Medical and sanitary report of the native army of Madras for the year
Year: 1872
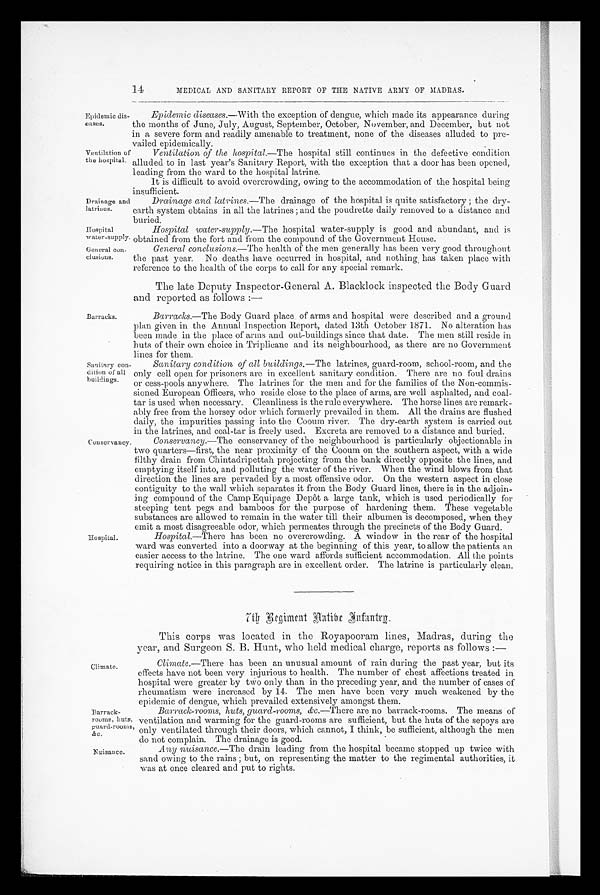
Drainage and
latrines.
Hospital
water-supply.
General con
-clusions.
Barracks.
Sanitary con-
dition of all
buldings.
14
MEDICAL AND SANITARY REPORT OF THE NATIVE ARMY OF MADRAS.
Epidemic dis
-eases.
Ventilation of
the hospital.
Epidemic diseases.—With the exception Of dengue, which made its appearance during
the months of June, July, August, September, October, November, and December, but not
in a severe form and readily amenable to treatment, none of the diseases alluded to pre
- v a i l e d e p i d e m i c a l l y .
Ventilation of the hospital.— The hospital still continues in the defective condition
alluded to in last year's Sanitary Report, with the exception that a door has been opened,
leading from the ward to the hospital latrine.
It is difficult to avoid overcrowding, owing to the accommodation of the hospital being
insufficient.
Drainage and latrines.—The drainage of the hospital is quite satisfactory; the dry-
earth system obtains in all the latrines; and the poudrette daily removed to a distance and
buried.
Hospital water-supply.— The hospital water-supply is good and abundant, and is
obtained from the fort and from the compound of the Government House.
General conclusions.—The health of the men generally has been very good throughout
the past year. No deaths have occurred in hospital, and nothing has taken place with
reference to the health of the corps to call for any special remark.
The late Deputy Inspector-General A. Blacklock inspected the Body Guard
and reported as follows:—
Barracks.—The Body Guard place of arms and hospital were described and a ground
plan given in the Annual Inspection Report, dated 13th October 1871. No alteration has
been made in the place of arms and out-buildings since that date. The men still reside in
huts of their own choice in Triplicane and its neighbourhood, as there are no Government
lines for them.
Sanitary condition of all buildings.—The latrines, guard-room, school-room, and the
only cell open for prisoners are in excellent sanitary condition. There are no foul drains
or cess-pools anywhere. The latrines for the men and for the families of the Non-commis
-sioned European Officers, who reside close to the place of arms, are well asphalted, and coal-
tar is used when necessary. Cleanliness is the rule everywhere. The horse lines are remark
-ably free from the horsey odor which formerly prevailed in them. All the drains are flushed
daily, the impurities passing into the Cooum river. The dry-earth system is carried out
in the latrines, and coal-tar is freely used. Excreta are removed to a distance and buried.
Conservancy.
Hospital.
Conservancy. —The conservancy of the neighbourhood is particularly objectionable in
two quarters—first, the near proximity of the Cooum on the southern aspect, with a wide
filthy drain from Chintadripettah projecting from the bank directly opposite the lines, and
emptying itself into, and polluting the water of the river. When the wind blows from that
direction the lines are pervaded by a most offensive odor. On the western aspect in close
contiguity to the wall which separates it from the Body Guard lines, there is in the adjoin
-ing compound of the Camp Equipage Depôt a large tank, which is used periodically for
steeping tent pegs and bamboos for the purpose of hardening them. These vegetable
substances are allowed to remain in the water till their albumen is decomposed, when they
emit a most disagreeable odor, which permeates through the Precincts of the Body Guard.
Hospital.—There has been no overcrowding. A window in the rear of the hospital
ward was converted into a doorway at the beginning of this year, to allow the patients an
easier access to the latrine. The one ward affords sufficient accommodation. All the points
requiring notice in this paragraph are in excellent order. The latrine is particularly clean.
Climate.
Barrack-
rooms, huts,
guard -rooms,
&c.
7 t h B e g i m e n t N a t i v e I n f a n t r y .
This corps was located in the Royapooram lines, Madras, during the
year, and Surgeon S. B. Hunt, who held medical charge, reports as follows:—
Climate .—There has been an unusual amount of rain during the past year, but its
effects have not been very injurious to health. The number of chest affections treated in
hospital were greater by two only than in the preceding year, and the number of cases of
rheumatism were increased by 14. The men have been very much weakened by the
enidemic of dengue, which prevailed extensively amongst them.
Barrack-rooms, huts, guard-rooms, &c.—There are no barrack-rooms. The means of
ventilation and warming for the guard-rooms are sufficient, but the huts of the sepoys are
Duly ventilated through their doors, which cannot, I think, be sufficient, although the men
do not complain. The drainage is good.
Nuisance.
Any nuisance.— The drain leading from the hospital became stopped up twice with
sand owing to the rains; but, on representing the matter to the regimental authorities, it
was at once cleared and put to rights.